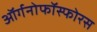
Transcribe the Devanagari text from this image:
ऑर्गनोफॉस्फोरस